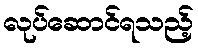
လုပ်ဆောင်ရသည့်